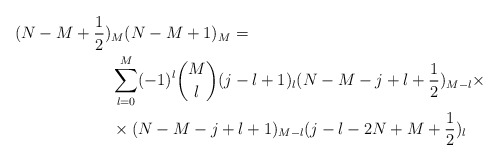
\begin{align*} (N-M+\frac 12)&_M(N-M+1)_{M}=\\ &\sum_{l=0}^M(-1)^{l}{M\choose l}(j-l+1)_l(N-M-j+l+\frac 12)_{M-l}\times\\ &\times (N-M-j+l+1)_{M-l}(j-l-2N+M+\frac{1}{2})_{l} \end{align*}